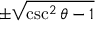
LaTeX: \pm { \sqrt { \csc ^ { 2 } \theta - 1 } }